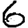
Digit: 6